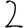
Digit: 2